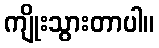
ကျိုးသွားတာပါ။